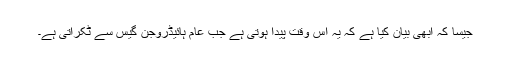
جیسا کہ ابھی بیان کیا ہے کہ یہ اس وقت پیدا ہوتی ہے جب عام ہائیڈروجن گیس سے ٹکراتی ہے۔